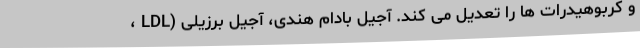
، LDL) و کربوهیدرات ها را تعدیل می کند. آجیل بادام هندی، آجیل برزیلی